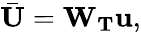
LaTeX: \bar{\mathbf{U}}=\mathbf{W}_{\mathbf{T}}\mathbf{u},